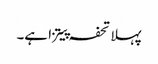
پہلا تحفہ پیتزا ہے۔